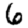
Digit: 6